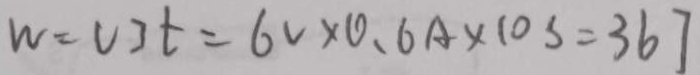
W = V 3 t = 6 v \times 0 . 6 A \times 1 0 s = 3 6 7